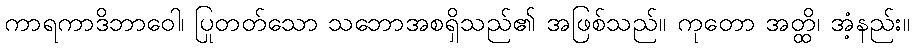
ကာရကာဒိဘာဝေါ၊ ပြုတတ်သော သဘောအစရှိသည်၏ အဖြစ်သည်။ ကုတော အတ္ထိ၊ အံ့နည်း။